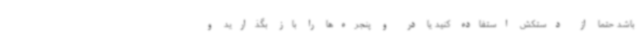
باشد حتما از دستکش استفاده کنید یا در و پنجره‌ها را باز بگذارید و